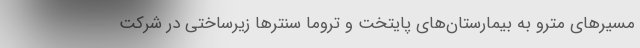
مسیرهای مترو به بیمارستان‌های پایتخت و تروما سنترها زیرساختی در شرکت